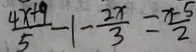
\frac { 4 x + 9 } { 5 } - 1 - \frac { 2 x } { 3 } = \frac { x - 5 } { 2 }